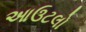
આઉટલો